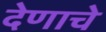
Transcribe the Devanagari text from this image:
देणाचे